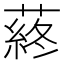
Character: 蔠